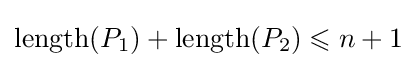
\mathrm {length} (P_{1})+\mathrm {length} (P_{2})\leqslant n+1